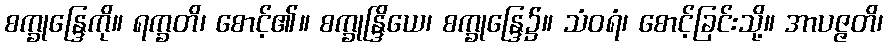
စက္ခုန္ဒြေကို။ ရက္ခတိ၊ စောင့်၏။ စက္ခုန္ဒြိယေ၊ စက္ခုန္ဒြေ၌။ သံဝရံ၊ စောင့်ခြင်းသို့။ အာပဇ္ဇတိ၊